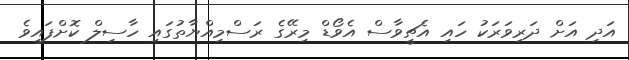
އަދި އަށް ދަރިވަރަކު ހައި އެޗީވާސް އެވޯޑް މިރޭގެ ރަސްމިއްޔާތުގައި ހާސިލް ކޮށްފައިވެ